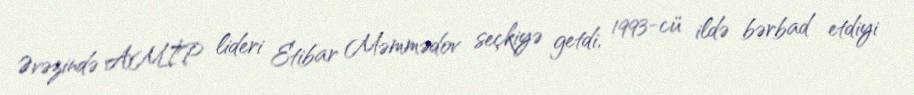
Əvəzində AMİP lideri Etibar Məmmədov seçkiyə getdi, 1993-cü ildə bərbad etdiyi